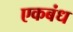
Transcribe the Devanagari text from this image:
एकबंध